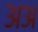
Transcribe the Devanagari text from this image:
अअ